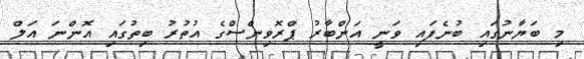
މި ބަޔާނުގައި ބުނެފައި ވަނީ އަންބާރު ޕްރޮވިންސްގެ އުތުރު ބިތުގައި އޮންނަ އަލް